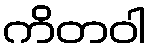
ကိတဝါ